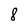
Character: 8